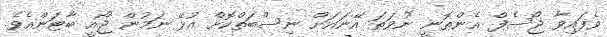
ވެފައިވާ ޖޯސެފް އެންތޮނީ ނުވަތަ އޭނައަށް ނިސްބަތްކޮށް އުޅޭ ނަމުން ޖޯއީ ބާޓަންއެވެ.